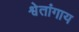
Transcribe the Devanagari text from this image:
श्वेतांगाय